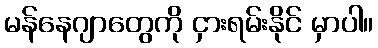
မန်နေဂျာတွေကို ငှားရမ်းနိုင် မှာပါ။